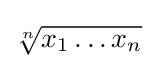
{\sqrt[{n}]{x_{1}\dots x_{n}}}